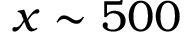
x \sim 5 0 0